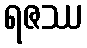
ရဇဿ